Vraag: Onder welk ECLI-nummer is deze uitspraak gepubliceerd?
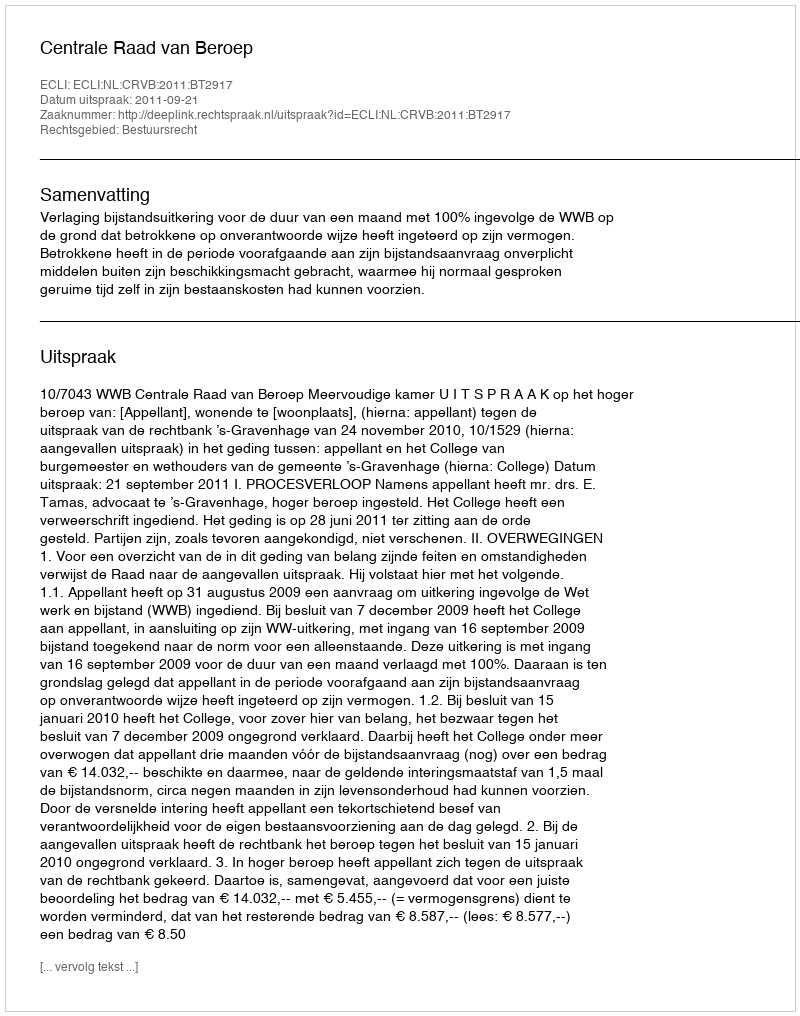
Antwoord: ECLI:NL:CRVB:2011:BT2917